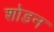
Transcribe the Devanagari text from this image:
शोडन